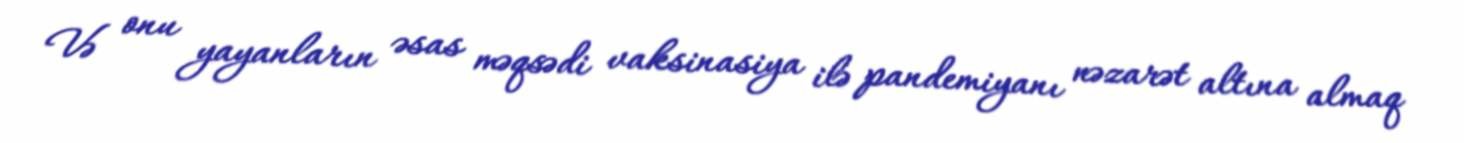
Və onu yayanların əsas məqsədi vaksinasiya ilə pandemiyanı nəzarət altına almaq